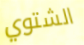
الشتوي